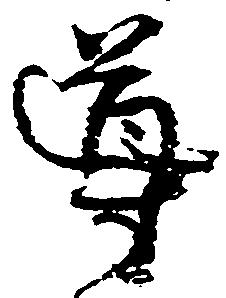
導